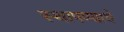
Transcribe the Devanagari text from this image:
स्थापण्याचें